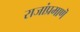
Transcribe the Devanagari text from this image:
राजांप्रमाणॆ